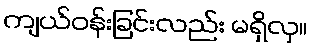
ကျယ်ဝန်းခြင်းလည်း မရှိလှ။